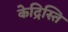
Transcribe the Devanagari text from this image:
केद्रिस्ति